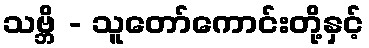
သဗ္ဘိ - သူတော်ကောင်းတို့နှင့်